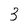
Character: 3